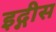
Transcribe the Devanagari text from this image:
इद्गीस